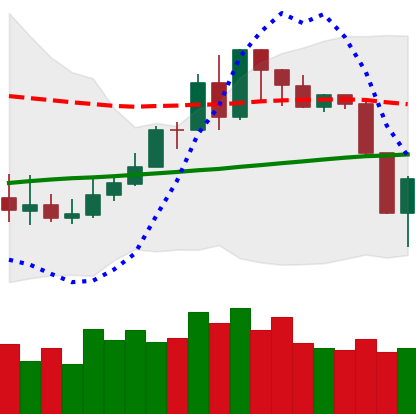
Ticker: XMR-USD
Chart end date: 2019-08-15
Forward return: 3.895%
Label: up_3_5